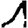
Digit: 1